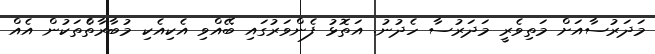
މަދަރުސާއަށް މަތިވެރީ މަދަރުސާ ހެދުނު. އަތޮޅު ފެންވަރުގައި ބޭއްވި އެކިއެކި މުބާރާތްެތަކުން އެއް